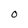
Character: 0